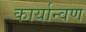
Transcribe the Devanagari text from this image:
कार्यान्वण